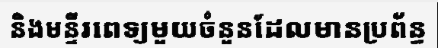
និងមន្ទីរពេទ្យមួយចំនួនដែលមានប្រព័ន្ធ